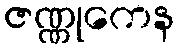
ဇဏ္ဏုကေန